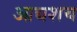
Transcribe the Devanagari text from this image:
आद्यशय